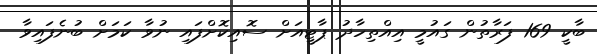
ބާކީ 169 ފަރާތުން ގައުމީ އިއްތިހާދު ޕާޓީއަށް ސޮއިކޮށްފައި ނުވާ ކަމަށް ބުނެފައިވާ